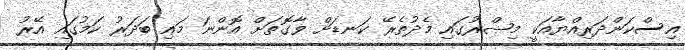
އިސްކަންދަރިއްޔާއަކީ މިޞްރުގައި މެދުތެރޭ ކަނޑަށް ވާގޮތަށް އޮންނަ މައި ބަދަރު ކަމުގައި އޭރު